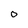
Character: 0